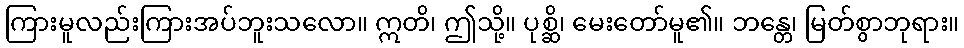
ကြားမူလည်းကြားအပ်ဘူးသလော။ ဣတိ၊ ဤသို့။ ပုစ္ဆိ၊ မေးတော်မူ၏။ ဘန္တေ၊ မြတ်စွာဘုရား။